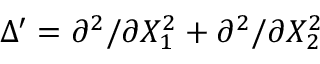
\Delta ^ { \prime } = \partial ^ { 2 } / \partial X _ { 1 } ^ { 2 } + \partial ^ { 2 } / \partial X _ { 2 } ^ { 2 }